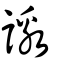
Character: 譤